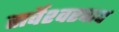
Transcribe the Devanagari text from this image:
सर्वेश्‍वरवाद